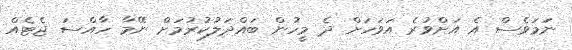
ނަމަވެސް އެ އަށްވުރެ އަވަހަށް ދެ މީހުން ބައްދަލުކުރުމަށް ނޭމާ ހާއްސަ ޖެޓެއް